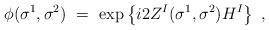
\begin{align*}\phi(\sigma^1,\sigma^2)\ =\ \exp \left\{ i2Z^I(\sigma^1,\sigma^2) H^I \right\}\ ,\end{align*}